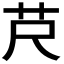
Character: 𦬨